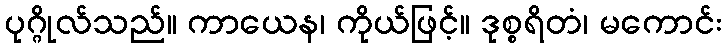
ပုဂ္ဂိုလ်သည်။ ကာယေန၊ ကိုယ်ဖြင့်။ ဒုစ္စရိတံ၊ မကောင်း